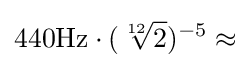
440{\rm {{Hz}\cdot ({\sqrt[{12}]{2}})^{-5}\approx }}